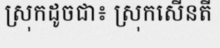
ស្រុកដូចជា៖ ស្រុកសើនតី